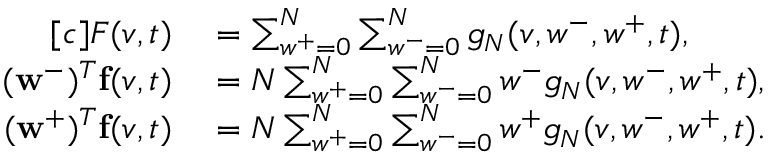
\begin{array} { r } { \begin{array} { r l } { [ c ] F ( v , t ) } & { { } = \sum _ { w ^ { + } = 0 } ^ { N } \sum _ { w ^ { - } = 0 } ^ { N } g _ { N } ( v , w ^ { - } , w ^ { + } , t ) , } \\ { ( \mathbf { w } ^ { - } ) ^ { T } \mathbf { f } ( v , t ) } & { { } = N \sum _ { w ^ { + } = 0 } ^ { N } \sum _ { w ^ { - } = 0 } ^ { N } w ^ { - } g _ { N } ( v , w ^ { - } , w ^ { + } , t ) , } \\ { ( \mathbf { w } ^ { + } ) ^ { T } \mathbf { f } ( v , t ) } & { { } = N \sum _ { w ^ { + } = 0 } ^ { N } \sum _ { w ^ { - } = 0 } ^ { N } w ^ { + } g _ { N } ( v , w ^ { - } , w ^ { + } , t ) . } \end{array} } \end{array}